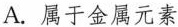
A. 属于金属元素